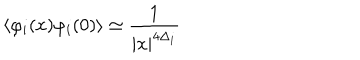
LaTeX: \langle \varphi _ { i } ( x ) \varphi _ { i } ( 0 ) \rangle \simeq \frac { 1 } { \hspace { 1 m m } | x | ^ { 4 \Delta _ { i } } }